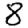
Digit: 8